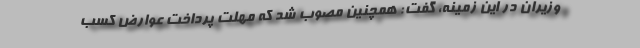
وزیران در این زمینه، گفت: همچنین مصوب شد که مهلت پرداخت عوارض کسب